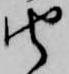
由